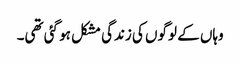
وہاں کے لوگوں کی زندگی مشکل ہو گئی تھی۔